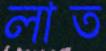
লাত